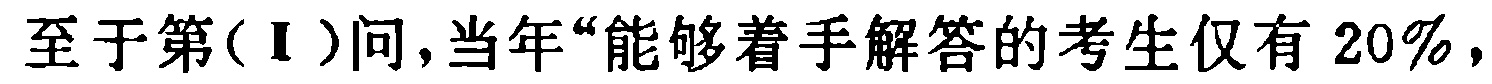
至于第(Ⅰ)问,当年“能够着手解答的考生仅有 \(20\%\),